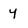
Character: y